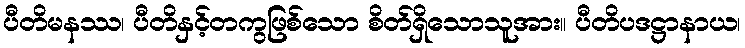
ပီတိမနဿ၊ ပီတိနှင့်တကွဖြစ်သော စိတ်ရှိသောသူအား။ ပီတိပဒဋ္ဌာနာယ၊